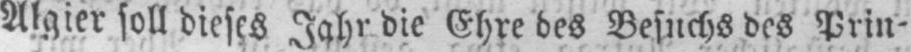
Algier soll dieses Jahr die Ehre des Besuchs des Prin-